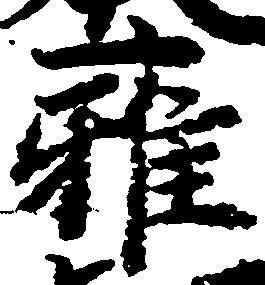
雅